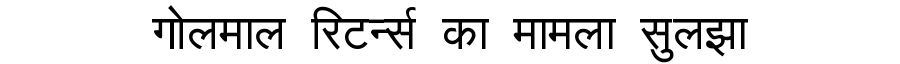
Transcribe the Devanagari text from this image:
गोलमाल रिटर्न्स का मामला सुलझा